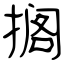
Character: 搁